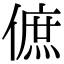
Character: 𠌮